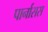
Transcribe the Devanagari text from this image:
पार्नासस